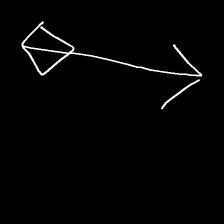
Glyph: focus